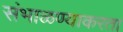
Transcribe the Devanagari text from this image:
संभाळण्याकरता